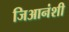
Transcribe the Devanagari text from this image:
जिआनंशी